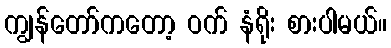
ကျွန်တော်ကတော့ ဝက် နံရိုး စားပါမယ်။